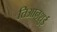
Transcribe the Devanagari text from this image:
तिआनशुई